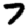
Digit: 7